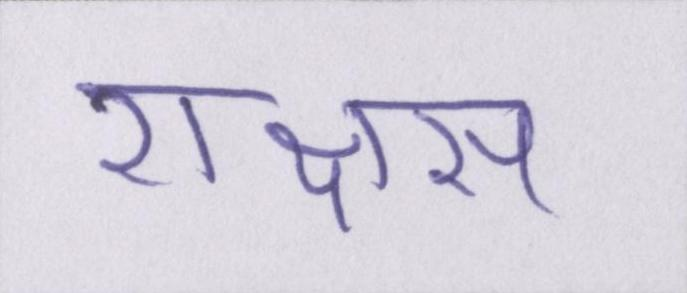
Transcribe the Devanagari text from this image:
राक्षस